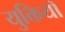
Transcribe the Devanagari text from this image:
युक्तियॉ